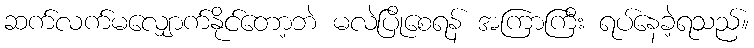
ဆက်လက်မလျှောက်နိုင်တော့ဘဲ မလဲပြိုစေရန် အကြာကြီး ရပ်နေခဲ့ရသည်။